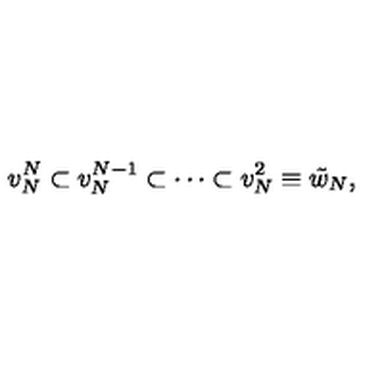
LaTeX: v _ { N } ^ { N } \subset v _ { N } ^ { N - 1 } \subset \cdots \subset v _ { N } ^ { 2 } \equiv { \tilde { w } } _ { N } ,